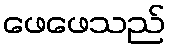
ဖေဖေသည်